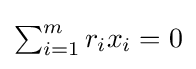
{\textstyle \sum _{i=1}^{m}r_{i}x_{i}=0}